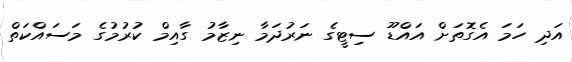
އަދި ހަމަ އެގޮތަށް އައްޑޫ ސިޓީގެ ނަރުދަމާ ނިޒާމު ގާއިމް ކުރުމުގެ މަސައްކަތް